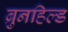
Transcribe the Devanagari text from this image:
ब्रुनहिल्ड